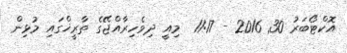
އޮކްޓޯބަރު 30